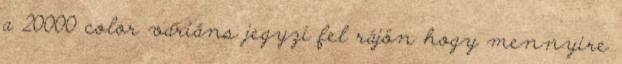
a 20000 color variáns jegyzi fel rájön hogy mennyire